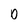
Character: 0